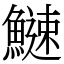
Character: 䲇